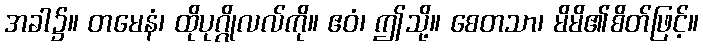
အခါ၌။ တမေနံ၊ ထိုပုဂ္ဂိုလလ်ကို။ ဧဝံ၊ ဤသို့။ စေတသာ၊ မိမိ၏စိတ်ဖြင့်။